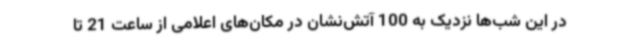
در این شب‌ها نزدیک به 100 آتش‌نشان در مکان‌های اعلامی از ساعت 21 تا